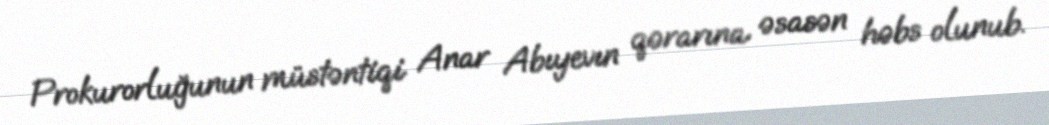
Prokurorluğunun müstəntiqi Anar Abıyevın qərarına əsasən həbs olunub.